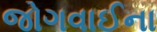
જોગવાઈના